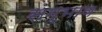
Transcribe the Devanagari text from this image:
सम्भाव